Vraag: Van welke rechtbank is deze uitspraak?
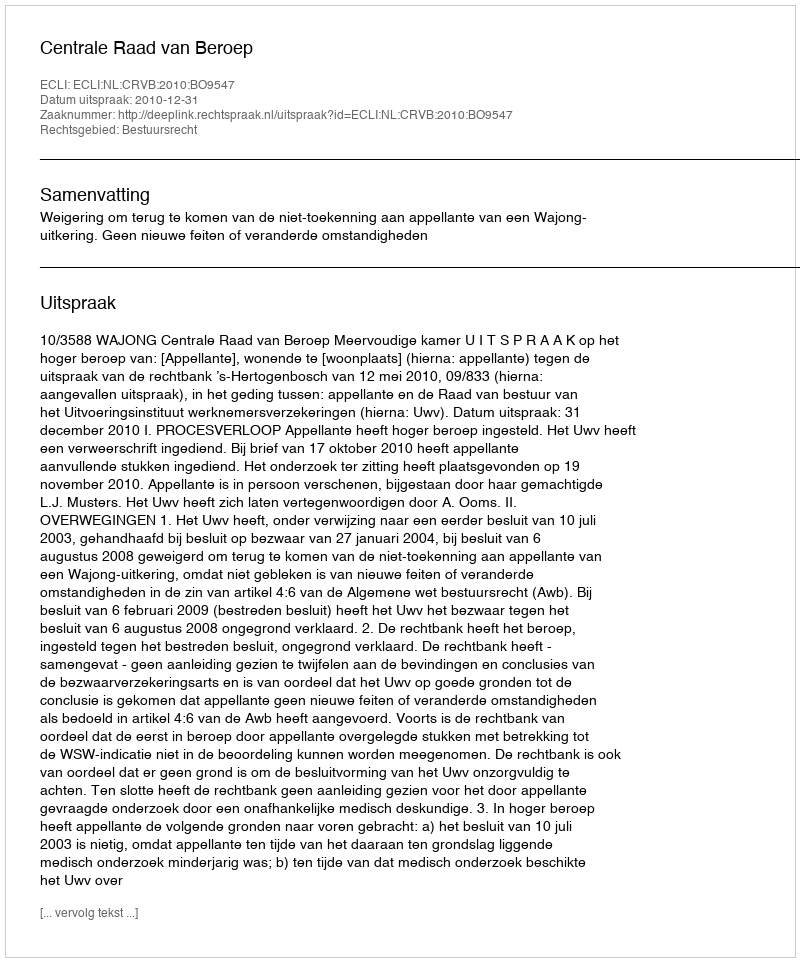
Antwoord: Centrale Raad van Beroep